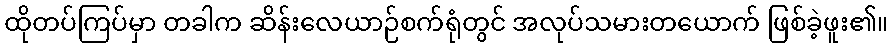
ထိုတပ်ကြပ်မှာ တခါက ဆိန်းလေယာဉ်စက်ရုံတွင် အလုပ်သမားတယောက် ဖြစ်ခဲ့ဖူး၏။